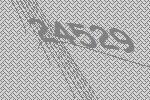
24529